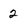
Character: 2